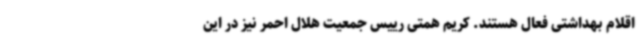
اقلام بهداشتی فعال هستند. کریم همتی رییس جمعیت هلال احمر نیز در این